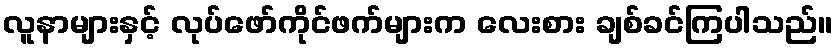
လူနာများနှင့် လုပ်ဖော်ကိုင်ဖက်များက လေးစား ချစ်ခင်ကြပါသည်။